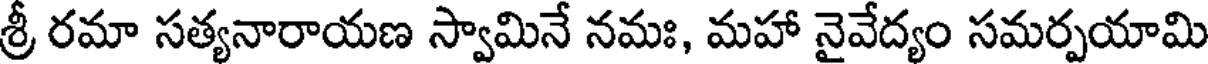
శ్రీ రమా సత్యనారాయణ స్వామినే నమః, మహా నైవేద్యం సమర్పయామి